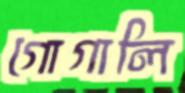
গোগালি